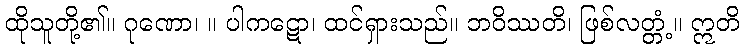
ထိုသူတို့၏။ ဂုဏော၊ ။ ပါကဋော၊ ထင်ရှားသည်။ ဘဝိဿတိ၊ ဖြစ်လတ္တံ့။ ဣတိ